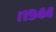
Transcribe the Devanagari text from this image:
।१९४४